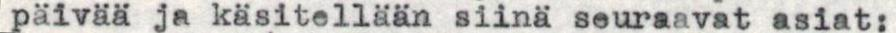
päivää ja käsitellään siinä seuraavat asiat: